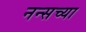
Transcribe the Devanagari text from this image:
नन्सच्या